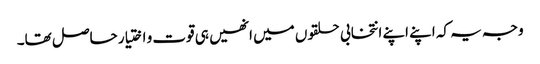
وجہ یہ کہ اپنے اپنے انتخابی حلقوں میں انھیں ہی قوت و اختیار حاصل تھا۔